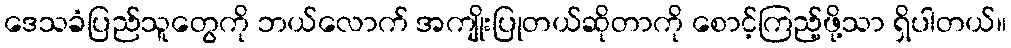
ဒေသခံပြည်သူတွေကို ဘယ်လောက် အကျိုးပြုတယ်ဆိုတာကို စောင့်ကြည့်ဖို့သာ ရှိပါတယ်။